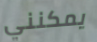
يمكنني